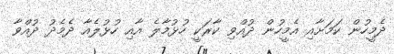
ދެމީހުން ކަމަށާއި އެމީހުން ދުއްވި ކާރަކީ ހުޅުމާލެ އާއި ހުޅުލެއާ ދެމެދު ދުއްވާ